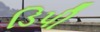
ડિપી